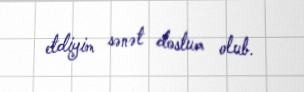
etdiyim sənət dostum olub.